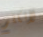
لأتكلم